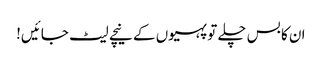
ان کا بس چلے تو پہیوں کے نیچے لیٹ جائیں!